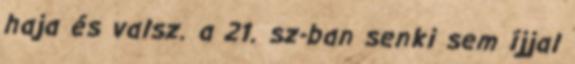
haja és valsz. a 21. sz-ban senki sem íjjal